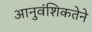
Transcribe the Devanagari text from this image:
आनुवंशिकतेने